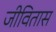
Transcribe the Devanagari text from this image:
जीवितास